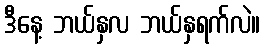
ဒီနေ့ ဘယ်နှလ ဘယ်နှရက်လဲ။